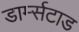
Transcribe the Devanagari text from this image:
डार्म्सटाड